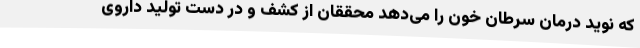
که نوید درمان سرطان خون را می‌دهد محققان از کشف و در دست تولید داروی